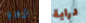
لأضع دراية